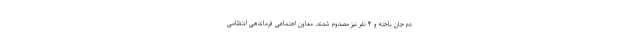
دم جان باخته و ۴ نفر نیز مصدوم شدند. معاون اجتماعی فرماندهی انتظامی